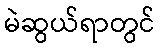
မဲဆွယ်ရာတွင်